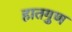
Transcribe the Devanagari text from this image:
हातगुण